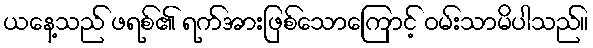
ယနေ့သည် ဖရစ်၏ ရက်အားဖြစ်သောကြောင့် ဝမ်းသာမိပါသည်။